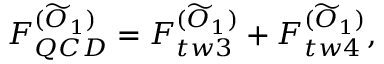
F _ { Q C D } ^ { ( \widetilde { O } _ { 1 } ) } = F _ { t w 3 } ^ { ( \widetilde { O } _ { 1 } ) } + F _ { t w 4 } ^ { ( \widetilde { O } _ { 1 } ) } ,